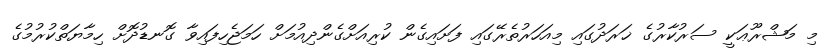
މި މަޝްރޫޢަކީ ސަރުކާރުގެ ޚަރަދުގައި މިއަހަރުތެރޭގައި ފަށައިގެން ކުރިއަށްގެންދިއުމަށް ހަމަޖެހިފައިވާ ގޮނޑުދޮށް ހިމާޔަތްކުރުމުގެ